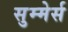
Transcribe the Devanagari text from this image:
सुम्मेर्स